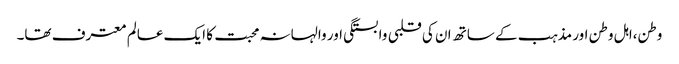
وطن،اہل وطن اور مذہب کے ساتھ ان کی قلبی وابستگی اور والہانہ محبت کا ایک عالم معترف تھا۔